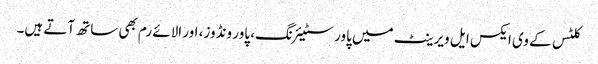
کلٹس کے وی ایکس ایل ویرینٹ میں پاور سٹیئرنگ، پاور ونڈوز، اور الائے رم بھی ساتھ آتے ہیں۔